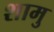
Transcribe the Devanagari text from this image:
शामु